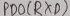
Text: PB0